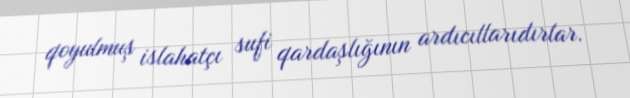
qoyulmuş islahatçı sufi qardaşlığının ardıcıllarıdırlar.